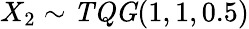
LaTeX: X_{2}\sim\mathit{TQG}(1,1,0.5)